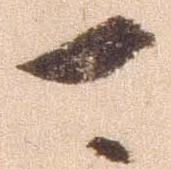
可